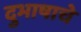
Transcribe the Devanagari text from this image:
दुभाषाचे